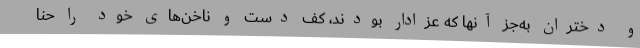
و دختران به‌جز آنها که عزادار بودند، کف دست و ناخن‌های خود را حنا